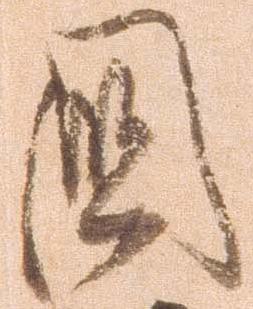
国